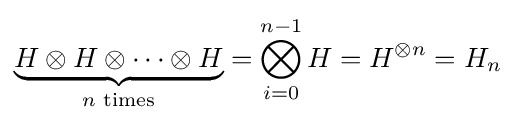
\underbrace {H\otimes H\otimes \dots \otimes H} _{n{\text{ times}}}=\bigotimes _{i=0}^{n-1}H=H^{\otimes n}=H_{n}